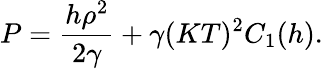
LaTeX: P=\frac{h\rho^{2}}{2\gamma}+\gamma(KT)^{2}C_{1}(h).